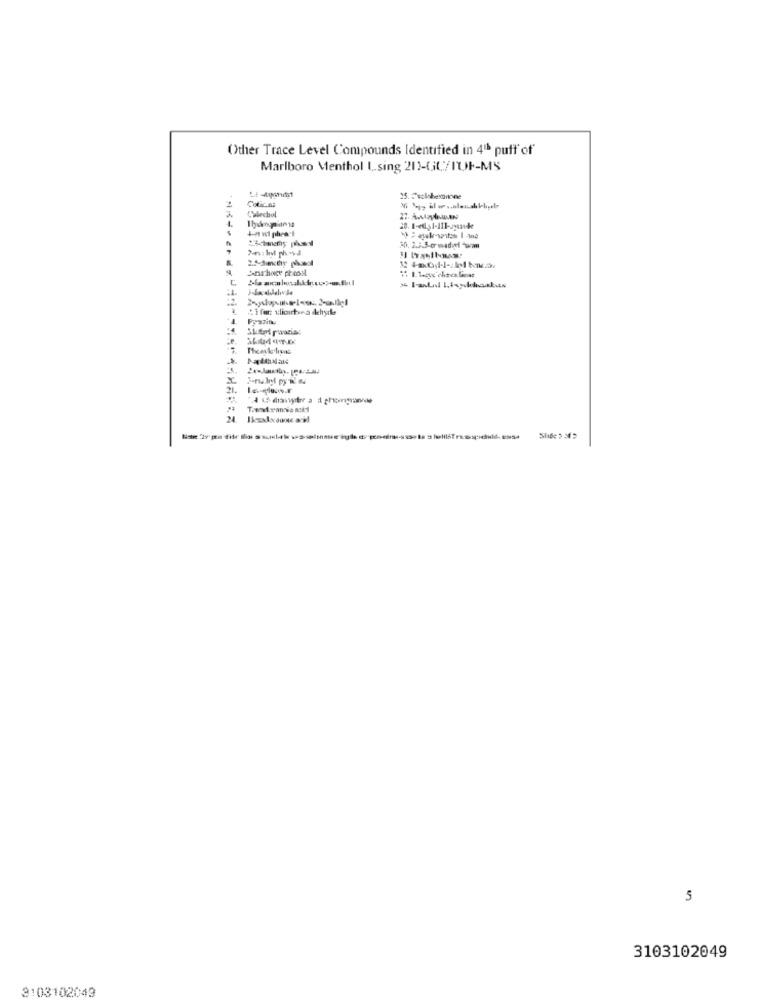
Other Trace Level Compounds Identified in 418 puff of
Marlboro Menthol L.sing 213-GL/IUF-MS
Colicaa
Calechol
4.
C
Cifer sliourtea dehyrle
Fazitku
5
3103102049
3103102049